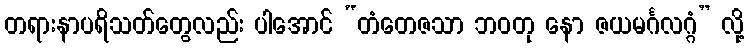
တရားနာပရိသတ်တွေလည်း ပါအောင် “တံတေဇသာ ဘဝတု နော ဇယမင်္ဂလဂ္ဂံ” လို့